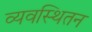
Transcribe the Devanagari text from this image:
व्यवस्थितन